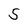
Character: 5